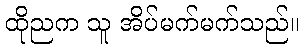
ထိုညက သူ အိပ်မက်မက်သည်။